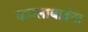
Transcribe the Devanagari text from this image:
कमलाबाईंना